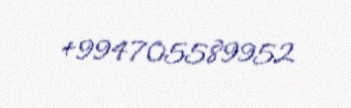
+994705589952